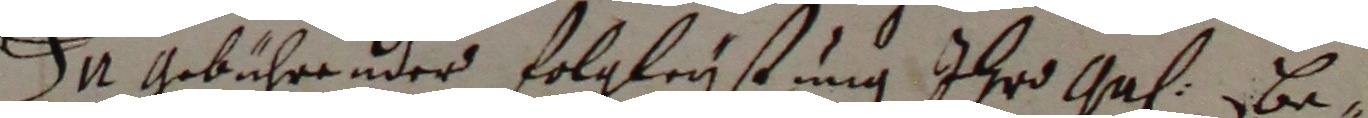
I Aebihrender folgleistung ihro gal Be-